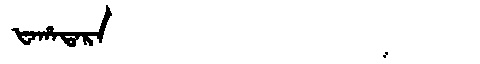
Manchu: ᡶᠠᡥᠠᡨᠠᡵᠠ
Romanization: FAHATARA